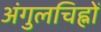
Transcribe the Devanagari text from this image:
अंगुलचिह्नों